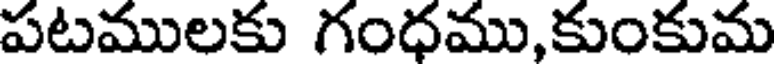
పటములకు గంధము,కుంకుమ